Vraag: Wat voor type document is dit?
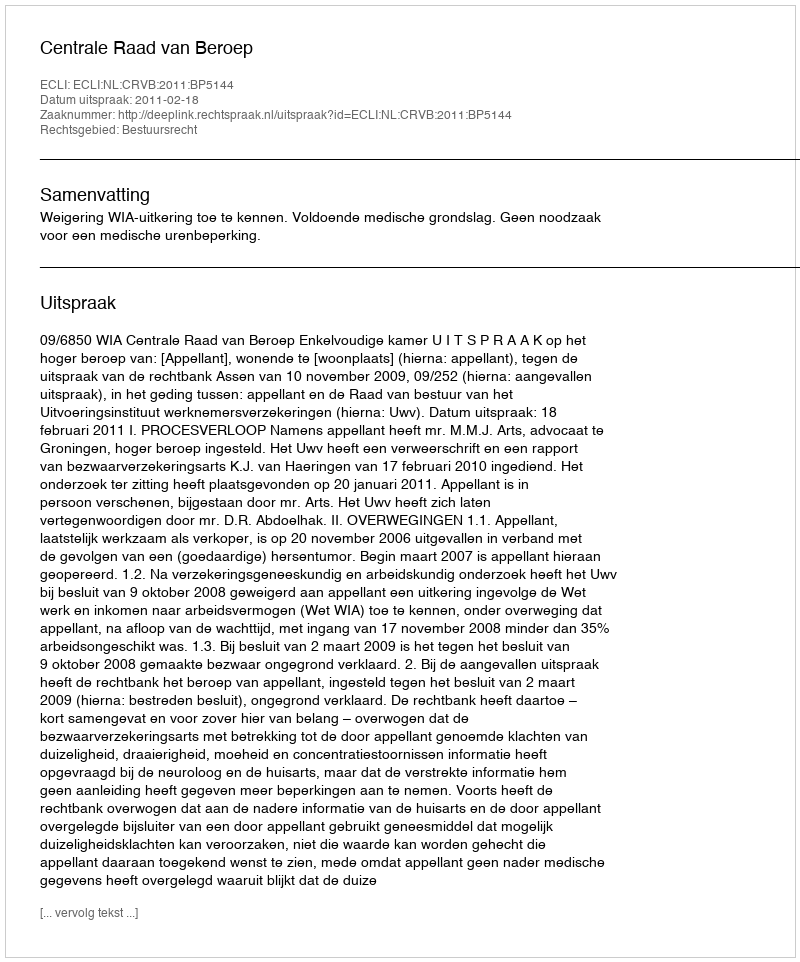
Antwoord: Uitspraak